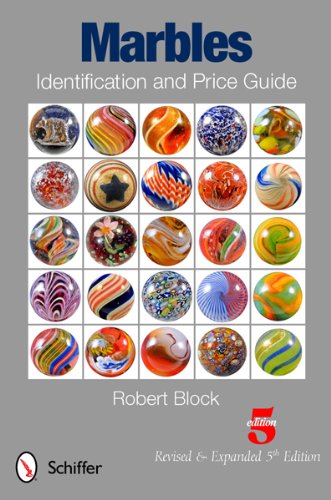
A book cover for Marbles Identification and Price Guide; Robert Block; Crafts, Hobbies & Home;